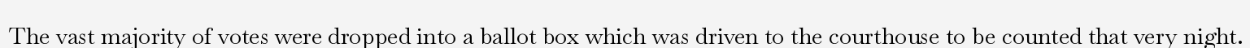
The vast majority of votes were dropped into a ballot box which was driven to the courthouse to be counted that very night.